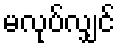
မလုပ်လျှင်